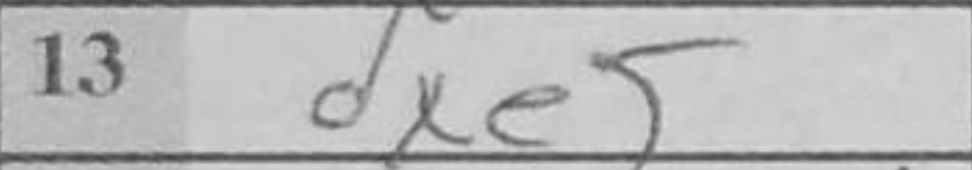
Transcription: dxe5